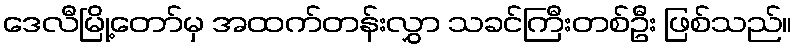
ဒေလီမြို့တော်မှ အထက်တန်းလွှာ သခင်ကြီးတစ်ဦး ဖြစ်သည်။